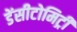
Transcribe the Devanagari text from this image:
डेंसीटोमिट्री